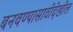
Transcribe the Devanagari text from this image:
बनवण्यासाठीदेखील